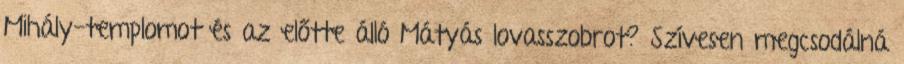
Mihály-templomot és az előtte álló Mátyás lovasszobrot? Szívesen megcsodálná